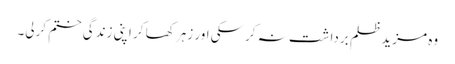
وہ مزید ظلم برداشت نہ کرسکی اور زہر کھا کر اپنی زندگی ختم کرلی۔